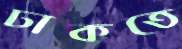
ঢাকতে